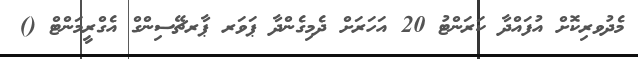
މެދުވރިކޮށް އުފައްދާ ކަރަންޓު 20 އަހަރަށް ދެމިގެންދާ ޕަވަރ ޕާރޗޭސިންގް އެގްރީމަންޓް ()